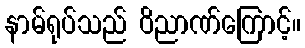
နာမ်ရုပ်သည် ဝိညာဏ်ကြောင့်။